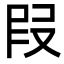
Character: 叚